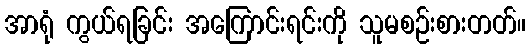
အာရုံ ကွယ်ရခြင်း အကြောင်းရင်းကို သူမစဉ်းစားတတ်။